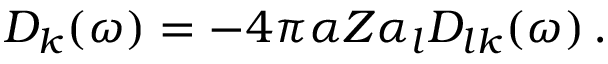
\begin{array} { r } { D _ { k } ( \omega ) = - 4 \pi \alpha Z \alpha _ { l } D _ { l k } ( \omega ) \, . } \end{array}